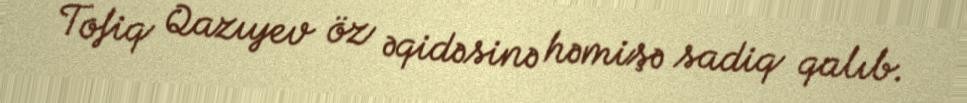
Tofiq Qazıyev öz əqidəsinə həmişə sadiq qalıb.